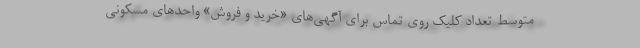
متوسط تعداد کلیک روی تماس برای آگهی‌های «خرید و فروش» واحدهای مسکونی